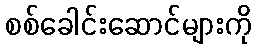
စစ်ခေါင်းဆောင်များကို